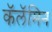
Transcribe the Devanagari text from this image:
कॅलॅमिन